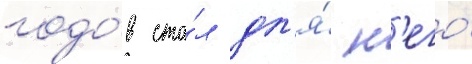
годо́в ста́л дл'я́ н'его́